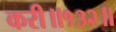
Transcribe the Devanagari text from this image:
करी॥१३२॥